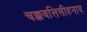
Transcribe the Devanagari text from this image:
चक्कवत्तिसीहनाद